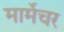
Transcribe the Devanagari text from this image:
मार्मेचर